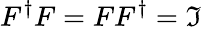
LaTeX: F^{\dagger}F=FF^{\dagger}=\mathfrak{I}